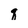
Character: q